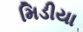
મિડીયા